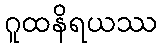
ဂူထနိရယဿ